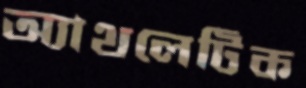
অ্যাথলেটিক